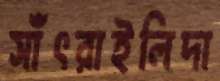
সাঁৎরাইলিদা